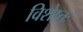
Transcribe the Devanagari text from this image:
विशेष्तः